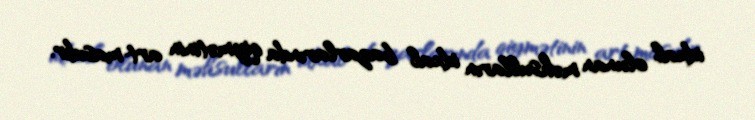
idxal olunan məhsulların idxal bazarlarında qiymətinin art­masıdır.